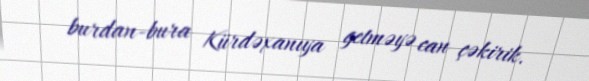
burdan-bura Kürdəxanıya getməyə can çəkirik.